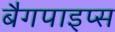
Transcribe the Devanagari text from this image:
बैगपाइप्स